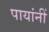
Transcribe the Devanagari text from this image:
पायांनीं